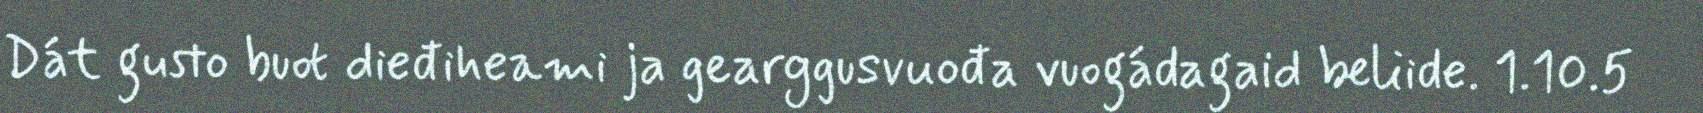
Dát gusto buot dieđiheami ja gearggusvuođa vuogádagaid beliide. 1.10.5